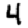
Digit: 4